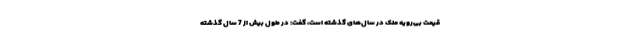
قیمت بی‌رویه ملک در سال‌های گذشته است، گفت: در طول بیش از 7 سال گذشته